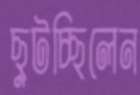
ছুটচ্ছিলেন